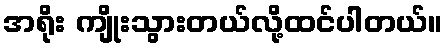
အရိုး ကျိုးသွားတယ်လို့ထင်ပါတယ်။